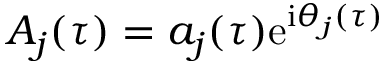
A _ { j } ( \tau ) = a _ { j } ( \tau ) \mathrm { e } ^ { \mathrm { i } \theta _ { j } ( \tau ) }